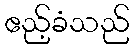
ဧည့်ခံသည်